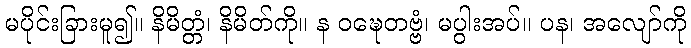
မပိုင်းခြားမူ၍။ နိမိတ္တံ၊ နိမိတ်ကို။ န ဝဍ္ဎေတဗ္ဗံ၊ မပွါးအပ်။ ပန၊ အလျော်ကို